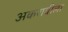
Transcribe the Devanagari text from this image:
अकरावीला